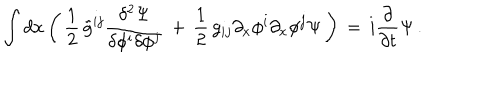
\int d x \left( \, { \frac { 1 } { 2 } } \, \tilde { g } ^ { i j } { \frac { \delta ^ { 2 } \Psi } { \delta \phi ^ { i } \delta \phi ^ { j } } } \, + \, { \frac { 1 } { 2 } } \, g _ { i j } \partial _ { x } \phi ^ { i } \partial _ { x } \phi ^ { j } \Psi \, \right) \, = \, i { \frac { \partial } { \partial t } } \Psi \, .